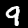
Digit: 9